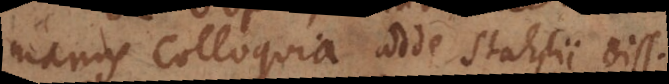
manus Colloquia, adde Stahlii diss.